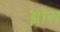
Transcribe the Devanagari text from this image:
ब्लांस